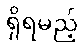
ရှိရမည့်